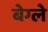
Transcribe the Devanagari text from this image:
बेग्ले